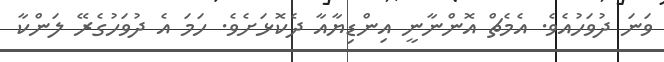
ވަނަ ދުވަހުއެވެ. އެމެޗް އޮންނާނީ އިންޑިޔާއާ ދެކޮޅަށެވެ. ހަމަ އެ ދުވަހުގެރޭ ލަންކާ